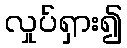
လှုပ်ရှား၍